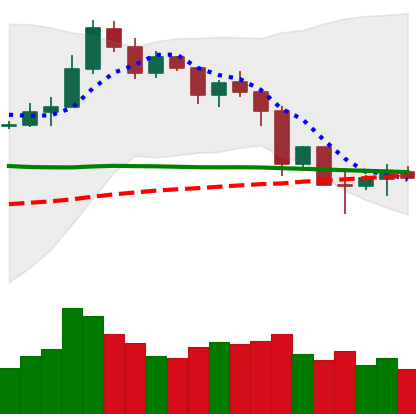
Ticker: NEO-USD
Chart end date: 2019-11-28
Forward return: -3.518%
Label: down_3_5